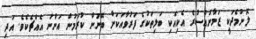
ލޮނުމެދަކީ ޒަމާނުއްސުރެ އެކިއެކި ބަލިތަކުގެ ފަރުވާއަކަށް ބޭނުން ކުރަމުން އަންނަ އެއްޗެކެވެ. އަދި